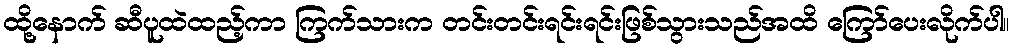
ထို့နောက် ဆီပူထဲထည့်ကာ ကြက်သားက တင်းတင်းရင်းရင်းဖြစ်သွားသည်အထိ ကြော်ပေးလိုက်ပါ။